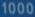
1000